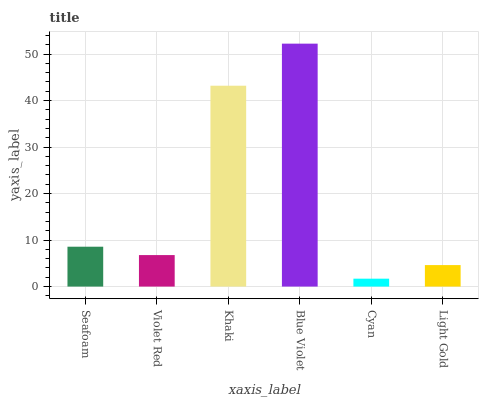
| xaxis_label | bars |
 | --- | --- |
 | Seafoam | 8.57 |
 | Violet Red | 6.77 |
 | Khaki | 43.2 |
 | Blue Violet | 52.2 |
 | Cyan | 1.7 |
 | Light Gold | 4.62 |